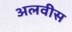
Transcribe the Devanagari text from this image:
अलवीस